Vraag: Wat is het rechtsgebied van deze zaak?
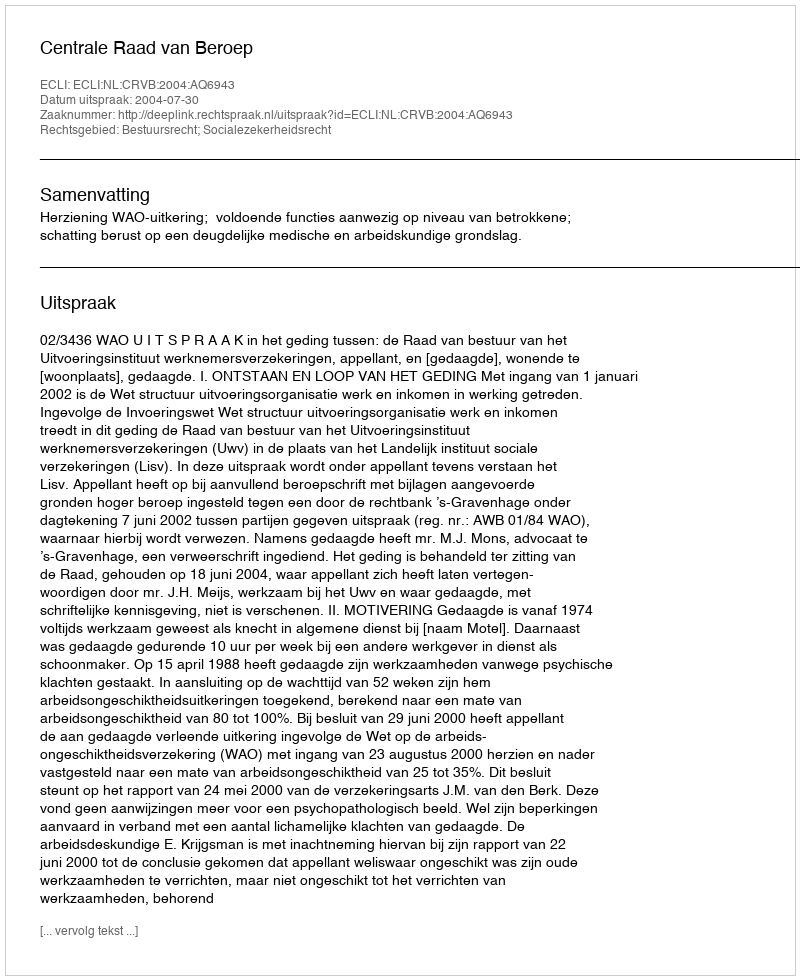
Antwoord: Bestuursrecht; Socialezekerheidsrecht